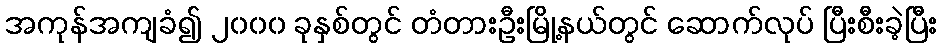
အကုန်အကျခံ၍ ၂၀၀၀ ခုနှစ်တွင် တံတားဦးမြို့နယ်တွင် ဆောက်လုပ် ပြီးစီးခဲ့ပြီး